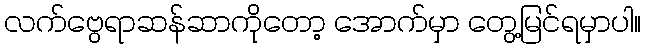
လက်ဗွေရာဆန်ဆာကိုတော့ အောက်မှာ တွေ့မြင်ရမှာပါ။